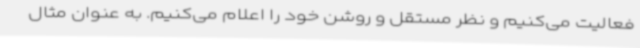
فعالیت می‌کنیم و نظر مستقل و روشن خود را اعلام می‌کنیم. به عنوان مثال